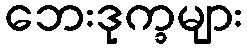
ဘေးဒုက္ခများ